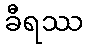
ခီရဿ